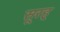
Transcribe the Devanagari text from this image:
सूरह्